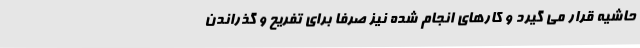
حاشیه قرار می گیرد و کارهای انجام شده نیز صرفا برای تفریح و گذراندن